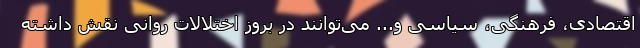
اقتصادی، فرهنگی، سیاسی و... می‌توانند در بروز اختلالات روانی نقش داشته